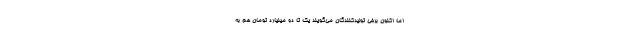
اما اکنون برخی تولیدکنندگان می‌گویند یک تا دو میلیارد تومان هم به